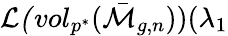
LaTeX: \mathcal{L(}vol_{p^{\ast}}(\mathcal{\bar{M}}_{g,n}))(\lambda_{1}